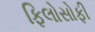
ફિલોસોફી